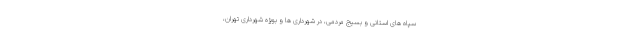
سپاه های استانی و بسیج مردمی، در شهرداری ها و بویژه شهرداری تهران،